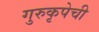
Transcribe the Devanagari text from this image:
गुरुकृपेची